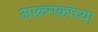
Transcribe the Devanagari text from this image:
आक्रमकांच्या